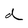
Character: d